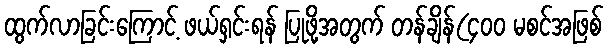
ထွက်လာခြင်းကြောင့် ဖယ်ရှင်းရန် ပြုဖို့အတွက် တန်ချိန်(၄၀၀ မစင်အဖြစ်